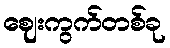
ဈေးကွက်တစ်ခု